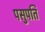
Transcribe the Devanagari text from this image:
पसुपति